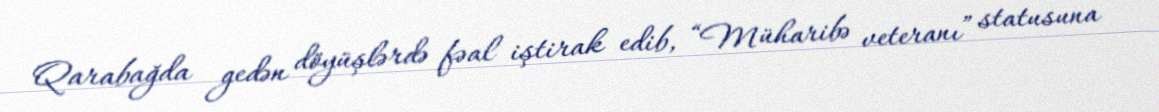
Qarabağda gedən döyüşlərdə fəal iştirak edib, “Müharibə veteranı” statusuna